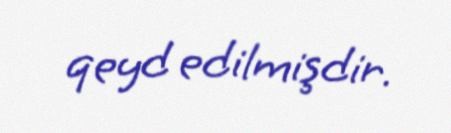
qeyd edilmişdir.